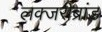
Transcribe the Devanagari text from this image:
लक्जरीब्रांड